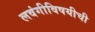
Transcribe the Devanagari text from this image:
लवंगीविषयीची